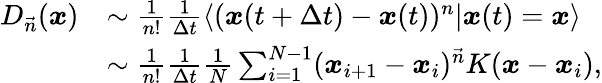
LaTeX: \begin{array}{rl}{D_{\vec{n}}(\boldsymbol{x})}&{\sim\frac{1}{n!}\frac{1}{\Delta t}\langle(\boldsymbol{x}(t+\Delta t)-\boldsymbol{x}(t))^{n}|\boldsymbol{x}(t)=\boldsymbol{x}\rangle}\\ &{\sim\frac{1}{n!}\frac{1}{\Delta t}\frac{1}{N}\sum_{i=1}^{N-1}(\boldsymbol{x}_{i+1}-\boldsymbol{x}_{i})^{\vec{n}}K(\boldsymbol{x}-\boldsymbol{x}_{i}),}\end{array}